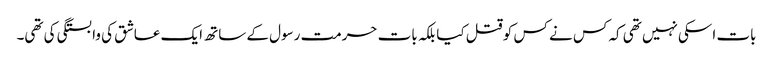
بات اسکی نہیں تھی کہ کس نے کس کو قتل کیا بلکہ بات حرمت رسول کے ساتھ ایک عاشق کی وابستگی کی تھی۔